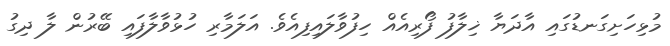
މުޅިހަށިގަނޑުގައި އާދަޔާ ޚިލާފު ފޯރިއެއް ހިފުވާލައިފިއެވެ. އަލަމާރި ހުޅުވާލާފައި ބޭރުން ލާ ދިގު